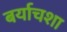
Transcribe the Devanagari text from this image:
बर्याचशा